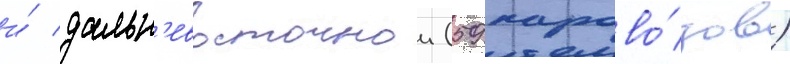
и́ дальн'евосточнои (59 парово́зов)